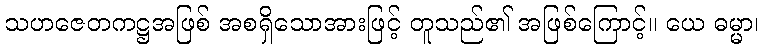
သဟဇေတကဋ္ဌအဖြစ် အစရှိသောအားဖြင့် တူသည်၏ အဖြစ်ကြောင့်။ ယေ ဓမ္မာ၊